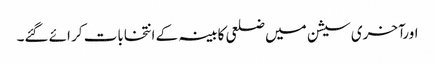
اورآخری سیشن میں ضلعی کابینہ کے انتخابات کر ائے گئے۔